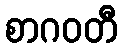
စာဂဝတီ